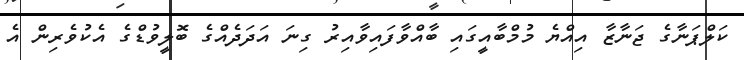
ކަލްޕަނާގެ ޖަނާޒާ އިއްޔެ މުމްބާއީގައި ބާއްވާފައިވާއިރު ގިނަ އަދަދެއްގެ ބޮލީވުޑްގެ އެކުވެރިން އެ